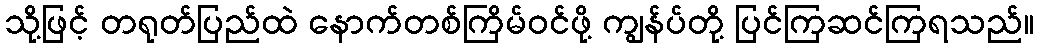
သို့ဖြင့် တရုတ်ပြည်ထဲ နောက်တစ်ကြိမ်ဝင်ဖို့ ကျွန်ပ်တို့ ပြင်ကြဆင်ကြရသည်။